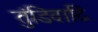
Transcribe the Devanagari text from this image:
तुंडिवादि